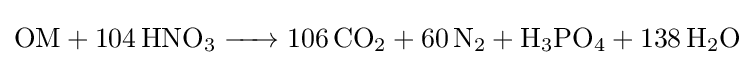
{\ce {OM + 104HNO3 -> 106CO2 + 60N2 + H3PO4 + 138H2O}}